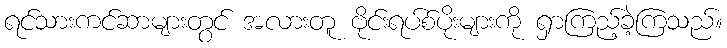
ရင်သားကင်ဆာများတွင် အလားတူ ဗိုင်းရပ်စ်ပိုးများကို ရှာကြည့်ခဲ့ကြသည်။